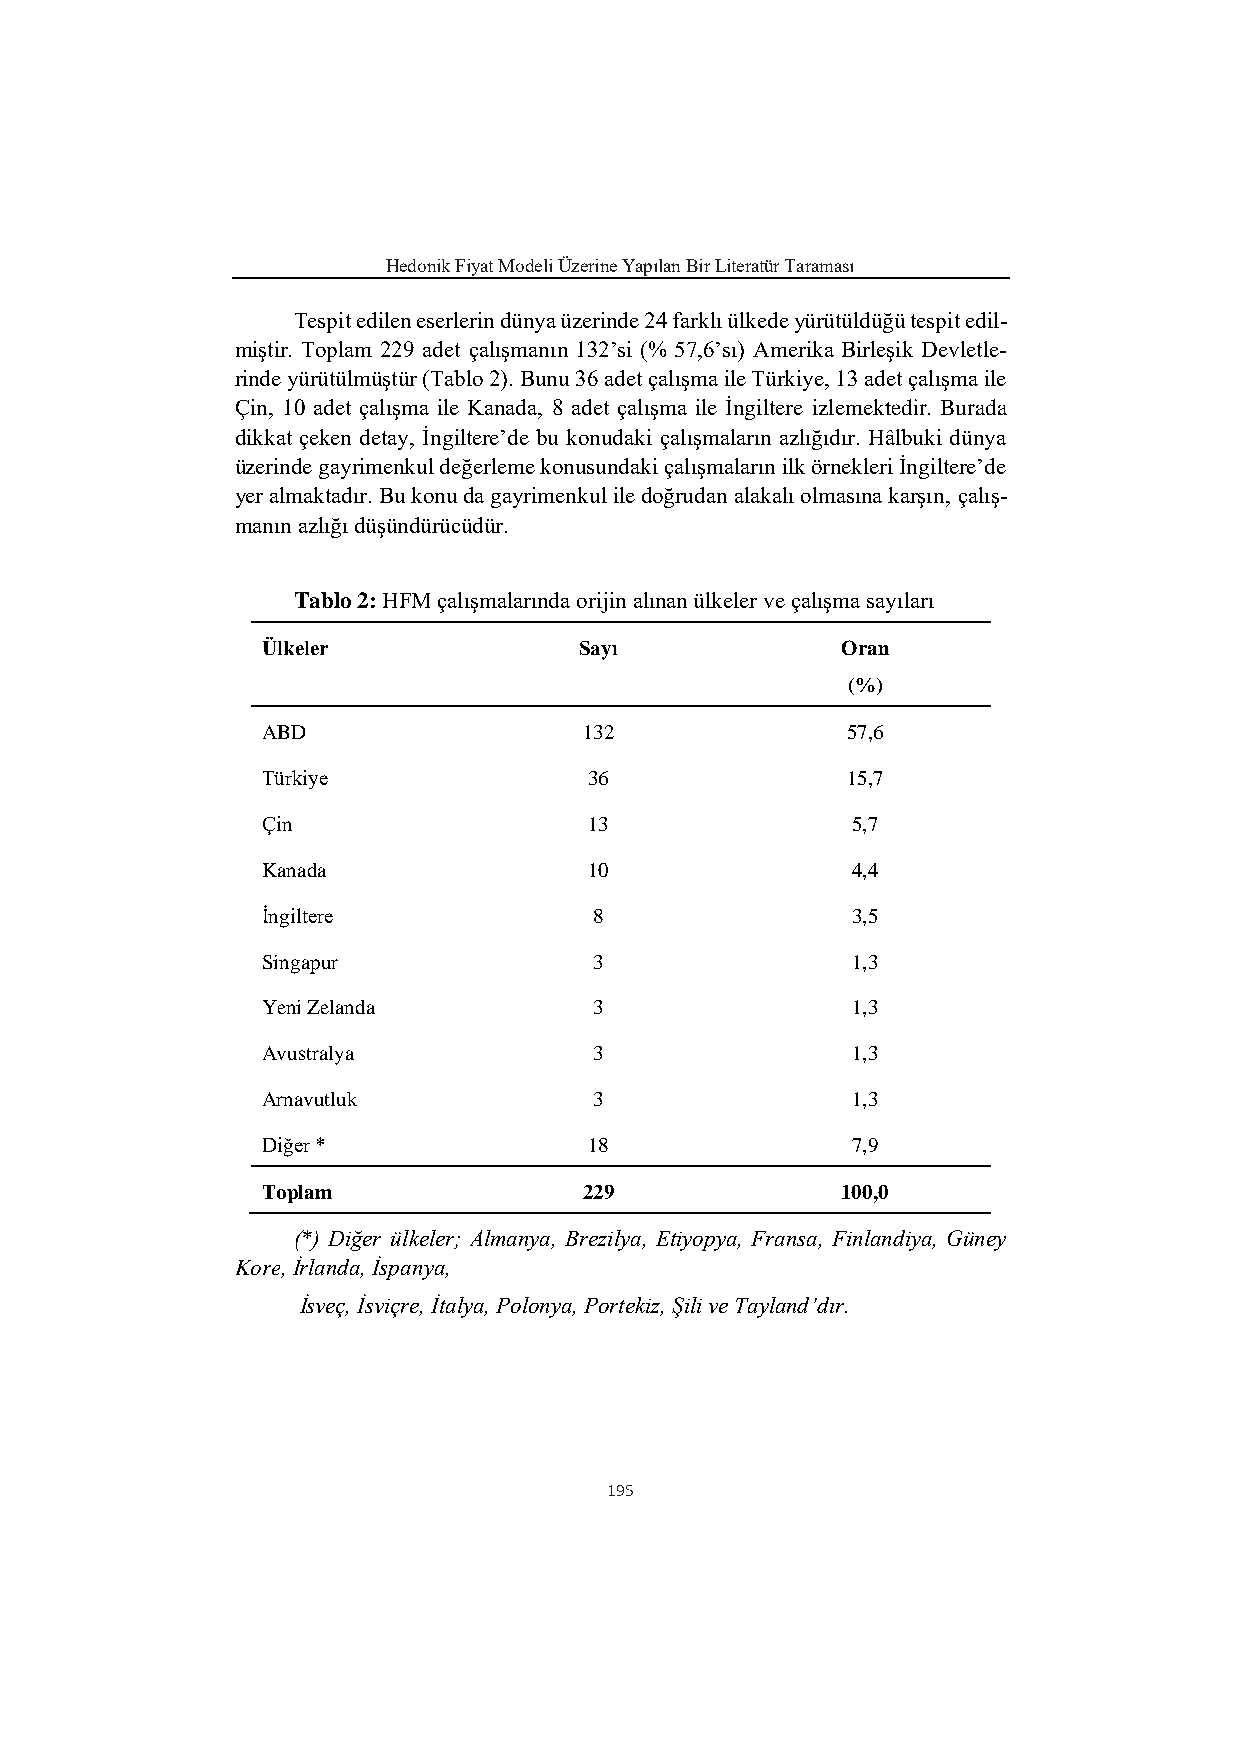
Hedonik Fiyat Modeli Üzerine Yapılan Bir Literatür Taraması
 Tespit edilen eserlerin dünya üzerinde 24 farklı ülkede yürütüldüğü tespit edil-
 miştir. Toplam 229 adet çalışmanın 132’si (% 57,6’sı) Amerika Birleşik Devletle-
 rinde yürütülmüştür (Tablo 2). Bunu 36 adet çalışma ile Türkiye, 13 adet çalışma ile
 Çin, 10 adet çalışma ile Kanada, 8 adet çalışma ile İngiltere izlemektedir. Burada
 dikkat çeken detay, İngiltere’de bu konudaki çalışmaların azlığıdır. Hâlbuki dünya
 üzerinde gayrimenkul değerleme konusundaki çalışmaların ilk örnekleri İngiltere’de
 yer almaktadır. Bu konu da gayrimenkul ile doğrudan alakalı olmasına karşın, çalış-
 manın azlığı düşündürücüdür.
 Tablo 2: HFM çalışmalarında orijin alınan ülkeler ve çalışma sayıları
 Ülkeler              Sayı              Oran
 (%)
 ABD                   132              57,6
 Türkiye               36               15,7
 Çin                   13               5,7
 Kanada                10               4,4
 İngiltere             8                3,5
 Singapur              3                1,3
 Yeni Zelanda          3                1,3
 Avustralya            3                1,3
 Arnavutluk            3                1,3
 Diğer *               18               7,9
 Toplam                229              100,0
 (*) Diğer ülkeler; Almanya, Brezilya, Etiyopya, Fransa, Finlandiya, Güney
 Kore, İrlanda, İspanya,
 İsveç, İsviçre, İtalya, Polonya, Portekiz, Şili ve Tayland’dır.
 195